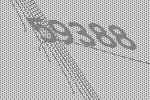
59388